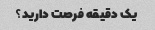
یک دقیقه فرصت دارید؟